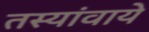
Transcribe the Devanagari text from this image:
तस्यांवाये